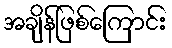
အချိန်ဖြစ်ကြောင်း